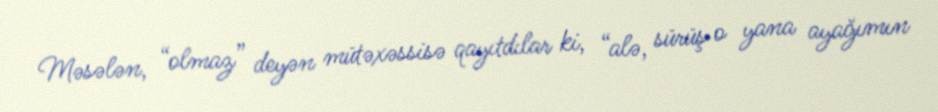
Məsələn, “olmaz” deyən mütəxəssisə qayıtdılar ki, “alə, sürüş o yana ayağımın